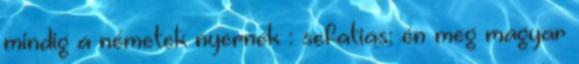
mindig a németek nyernek : sefatias: én meg magyar